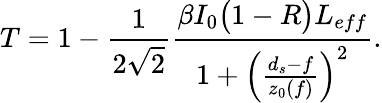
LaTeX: T=1-\frac{1}{2\sqrt{2}}\frac{\beta I_{0}\big(1-R\big)L_{eff}}{1+\left(\frac{d_{s}-f}{z_{0}(f)}\right)^{2}}.